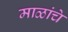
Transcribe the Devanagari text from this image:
माळांचे